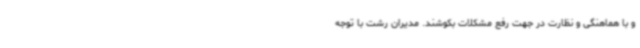
و با هماهنگی و نظارت در جهت رفع مشکلات بکوشند. مدیران رشت با توجه